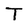
Character: T